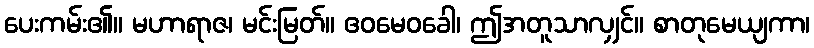
ပေးကမ်း၏။ မဟာရာဇ၊ မင်းမြတ်။ ဧဝမေဝခေါ၊ ဤအတူသာလျှင်။ စာတုမေယျကာ၊